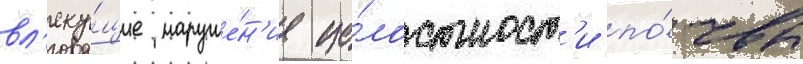
вл'еку́щие наруше́н'ие це́лостност'и по́чвы